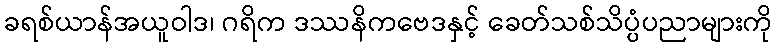
ခရစ်ယာန်အယူဝါဒ၊ ဂရိက ဒဿနိကဗေဒနှင့် ခေတ်သစ်သိပ္ပံပညာများကို